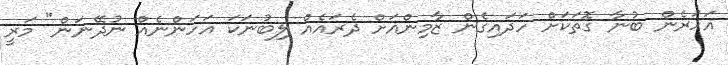
އަހަރެން ބުނާ ގޮތަކަށް ހަދައިގެން ޒާމިންއަށް ދެރައެއް ލިބުނަކަ އަހަންނެއް ނުދޭނަން" މަރީ